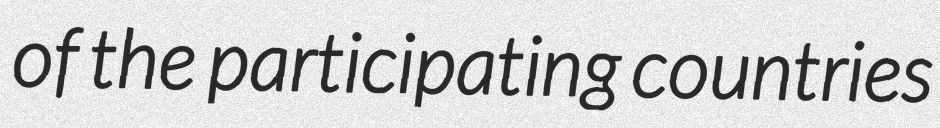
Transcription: of the participating countries